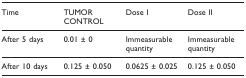
| Time | TUMOR CONTROL | Dose I | Dose II |
 | --- | --- | --- | --- |
 | After 5 days | 0.01 ± 0 | Immeasurable quantity | Immeasurable quantity |
 | After 10 days | 0.125 ± 0.050 | 0.0625 ± 0.025 | 0.125 ± 0.050 |